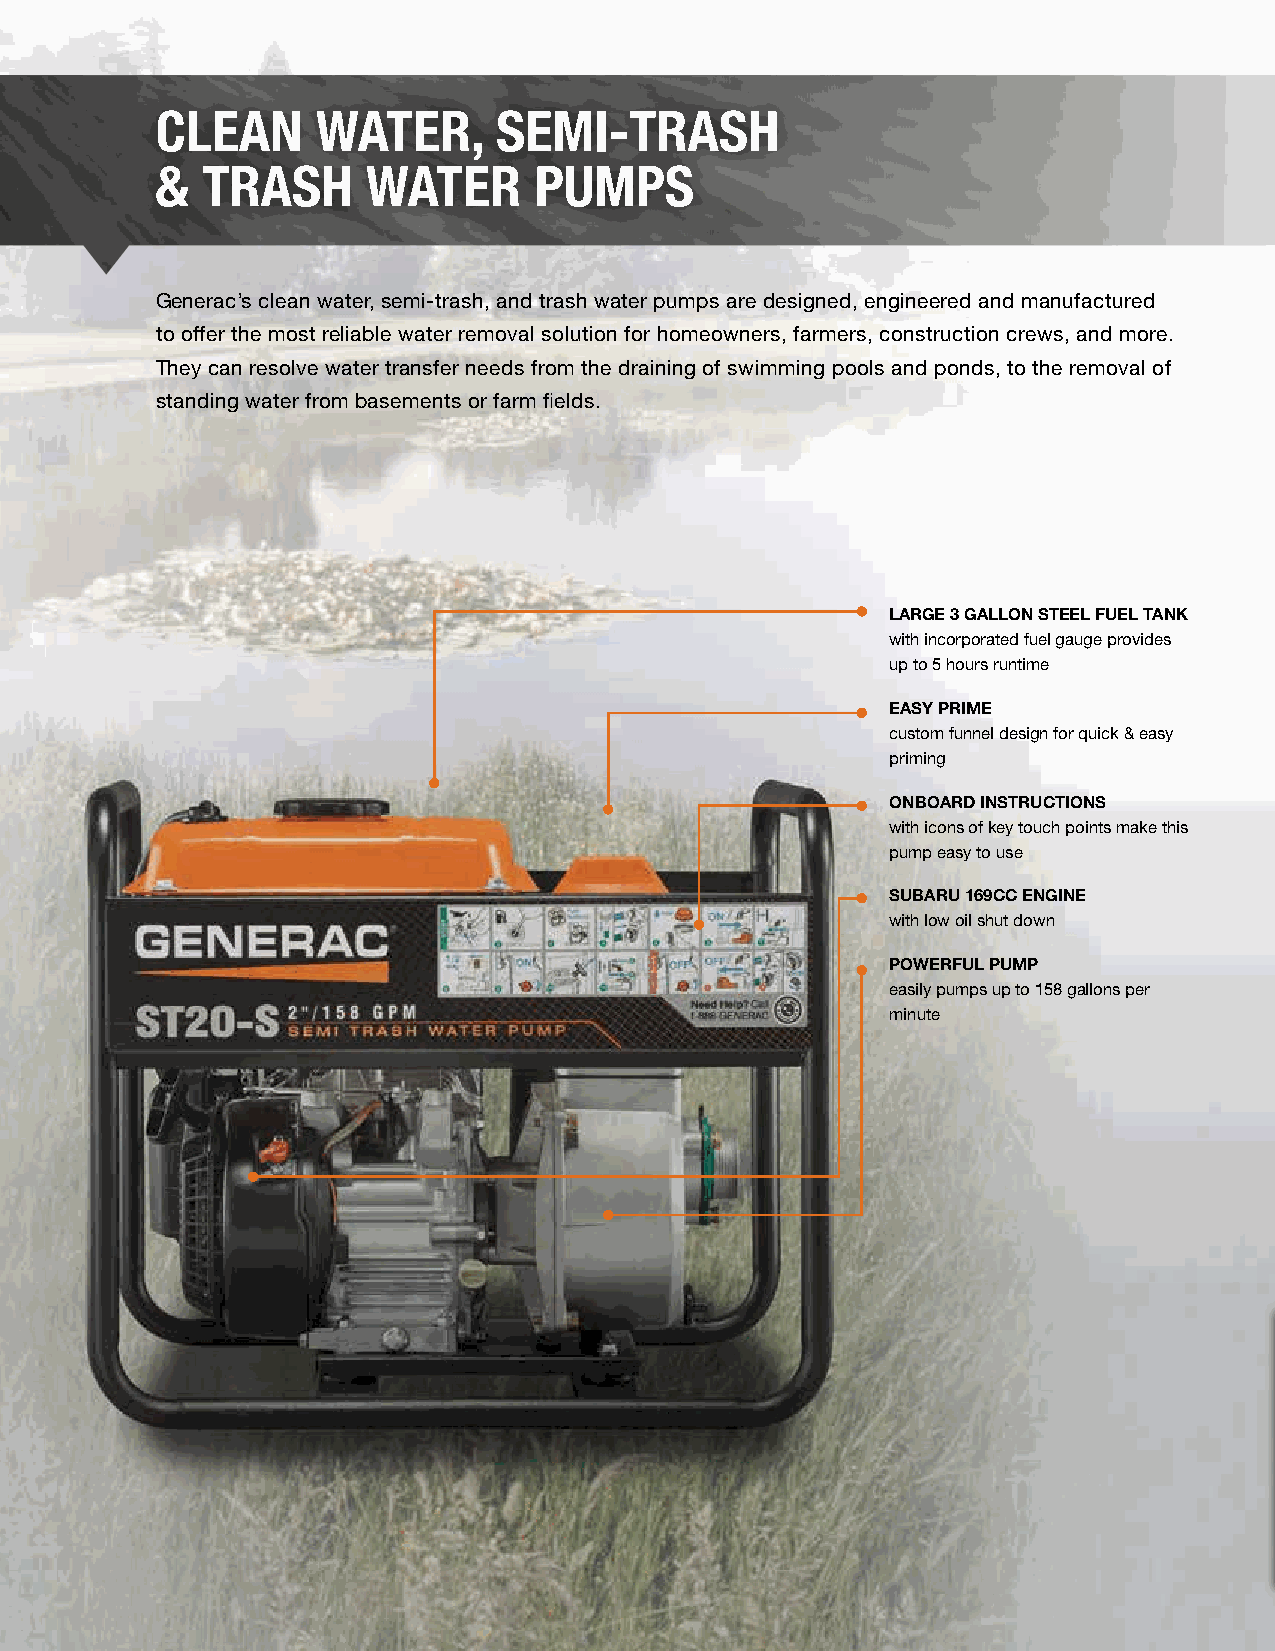
CLEAN      WATER,      SEMI-TRASH
 &  TRASH      WATER      PUMPS
 Generac’s clean water, semi-trash, and trash water pumps are designed, engineered and manufactured
 to offer the most reliable water removal solution for homeowners, farmers, construction crews, and more.
 They can resolve water transfer needs from the draining of swimming pools and ponds, to the removal of
 standing water from basements or farm fields.
 LARGE 3 GALLON STEEL FUEL TANK
 with incorporated fuel gauge provides
 up to 5 hours runtime
 EASY PRIME
 custom funnel design for quick & easy
 priming
 ONBOARD INSTRUCTIONS
 with icons of key touch points make this
 pump easy to use
 SUBARU 169CC ENGINE
 with low oil shut down
 POWERFUL PUMP
 easily pumps up to 158 gallons per
 minute